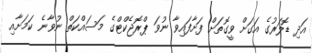
އަދި ޑޮލަރުގެ އަގަށް ވީގޮތަށް ފަށާފައިވާ ނުވަ ޕްރޮޖެކްޓްގެ މަސައްކަތް ނުވާނެ ކަމަށާއި